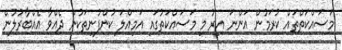
މަސައްކަތްތައް ކުރަމުން އަންނަ އިރު މި މަސައްކަތުގައި އަމިއްލަ ކުންފުނިތަކުން ދެއްވާ އެއްބާރުލުން